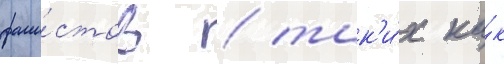
фаши́стов / так'и́х ка́к